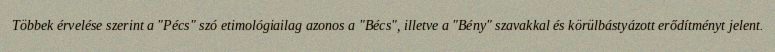
Többek érvelése szerint a "Pécs" szó etimológiailag azonos a "Bécs", illetve a "Bény" szavakkal és körülbástyázott erődítményt jelent.